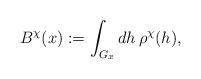
LaTeX: \begin{align*}B^\chi (x) := \int_{G_x} dh \, \rho^\chi (h),\end{align*}